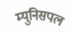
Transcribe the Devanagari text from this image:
म्युनिसपल